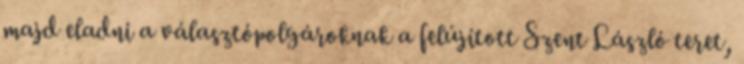
majd eladni a választópolgároknak a felújított Szent László teret,